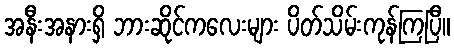
အနီးအနားရှိ ဘားဆိုင်ကလေးများ ပိတ်သိမ်းကုန်ကြပြီ။